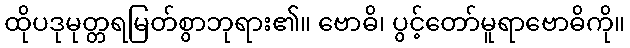
ထိုပဒုမုတ္တရမြတ်စွာဘုရား၏။ ဗောဓိ၊ ပွင့်တော်မူရာဗောဓိကို။